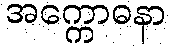
အက္ကောဓနာ